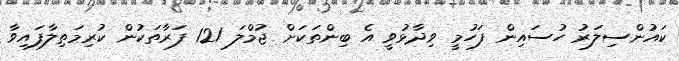
ކައުންސިލަރު ހުސައިން ފަހުމީ ވިދާޅުވީ އެ ބިންތަކަށް ޖުމްލަ 121 ފަރާތަކުން ކުރިމަތިލާފައިވާ